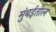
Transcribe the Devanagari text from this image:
मुंबर्इतील